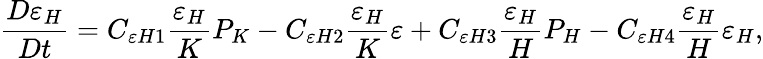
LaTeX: \frac{D\varepsilon_{H}}{Dt}=C_{\varepsilon H1}\frac{\varepsilon_{H}}{K}P_{K}-C_{\varepsilon H2}\frac{\varepsilon_{H}}{K}\varepsilon+C_{\varepsilon H3}\frac{\varepsilon_{H}}{H}P_{H}-C_{\varepsilon H4}\frac{\varepsilon_{H}}{H}\varepsilon_{H},